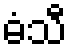
ဓံသီ